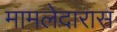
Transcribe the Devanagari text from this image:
मामलेदारास